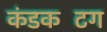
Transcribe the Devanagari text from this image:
कंडकटिंग